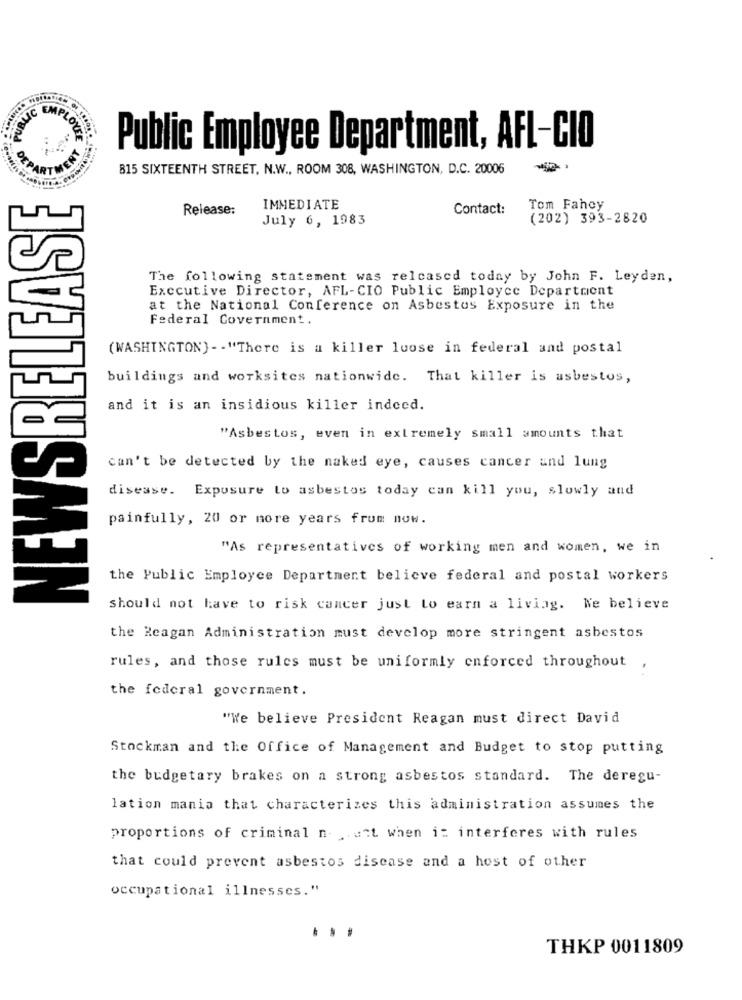
LOVE
Public Employee Department, AFL-CIO
815 SIXTEENTH STREET, N.W ., ROOM 308, WASHINGTON, D.C. 20006
-
NEWSRELEASE
Release:
IMMEDIATE
Contact:
Tom Fahey
July 6, 1983
(202) 393-2820
The following statement was released today by John F. Leyden,
Executive Director, AFL-CIO Public Employee Department
at the National Conference on Asbestos Exposure in the
Federal Government.
(WASHINGTON) -- "There is a killer loose in federal and postal
buildings and worksites nationwide. That killer is asbestos,
and it is an insidious killer indeed.
"Asbestos, even in extremely small amounts that
can't be detected by the naked eye, causes cancer and lung
disease. Exposure to asbestos today can kill you, slowly and
painfully, 20 or more years from now.
"As representatives of working men and women, we in
the Public Employee Department believe federal and postal workers
should not have to risk cancer just to earn a liviag. We believe
the Reagan Administration must develop more stringent asbestos
rules, and those rules must be uniformly enforced throughout
the federal government.
"We believe President Reagan must direct David
Stockman and the Office of Management and Budget to stop putting
the budgetary brakes on a strong asbestos standard. The deregu-
lation mania that characterizes this administration assumes the
proportions of criminal nutt when it interferes with rules
that could prevent asbestos disease and a host of other
occupational illnesses."
...
THKP 0011809